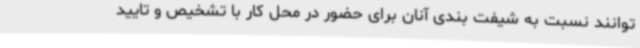
توانند نسبت به شیفت بندی آنان برای حضور در محل کار با تشخیص و تایید